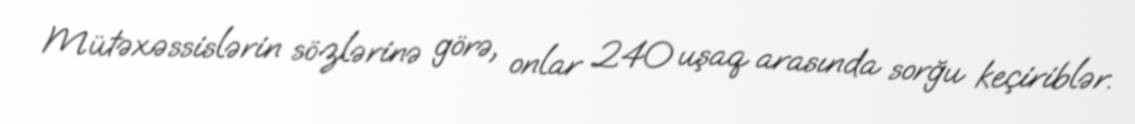
Mütəxəssislərin sözlərinə görə, onlar 240 uşaq arasında sorğu keçiriblər.